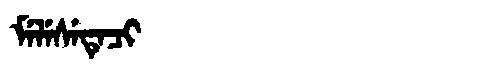
Manchu: ᠮᡝᠯᡝᠰᡝᡨᡝᠴᡳ
Romanization: MELESETECI